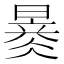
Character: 𣊂